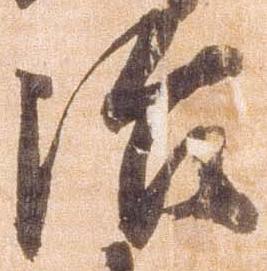
治